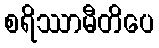
စရိဿာမီတိပေ